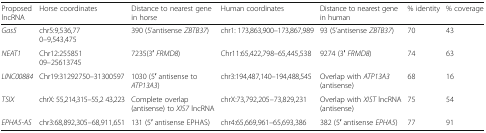
| Proposed lncRNA | Horse coordinates | Distance to nearest gene in horse | Human coordinates | Distance to nearest gene in human | % identity | % coverage |
 | --- | --- | --- | --- | --- | --- | --- |
 | Gas5 | chr5:9,536,770–9,543,475 | 390 (5’antisense ZBTB37) | chr1: 173,863,900–173,867,989 | 93 (5’antisense ZBTB37) | 70 | 43 |
 | NEAT1 | Chr12:25585109–25613745 | 7235(3′ FRMD8) | Chr11:65,422,798–65,445,538 | 9274 (3′ FRMD8) | 74 | 63 |
 | LINC00884 | Chr19:31292750–31300597 | 1030 (5′ antisense to ATP13A3) | chr3:194,487,140–194,488,545 | Overlap with ATP13A3 (antisense) | 68 | 16 |
 | TSIX | chrX: 55,214,315–55,2 43,223 | Complete overlap (antisense) to XIS7 lncRNA | chrX:73,792,205–73,829,231 | Overlap with XIST lncRNA (antisense) | 75 | 54 |
 | EPHA5-AS | chr3:68,892,305–68,911,651 | 131 (5′ antisense EPHAS) | chr4:65,669,961–65,693,386 | 382 (5′ antisense EPHA5) | 77 | 91 |